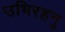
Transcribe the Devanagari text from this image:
उभिरहनु